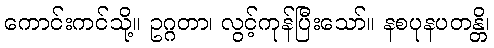
ကောင်းကင်သို့။ ဥဂ္ဂတာ၊ လွင့်ကုန်ပြီးသော်။ နစပုနပတန္တိ၊